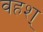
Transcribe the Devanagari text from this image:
वहश्